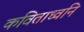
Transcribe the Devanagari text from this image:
कविताध्वनि